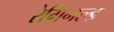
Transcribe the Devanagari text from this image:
रेगिनल्ड